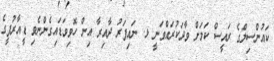
ކައުންސިލްގެ ރައީސް ކަމަށް ވާދަކުރައްވަނީ ޅ. ނައިފަރު ދާއިރާ އިން ހޮވިވަޑައިގެންނެވި ޑީއާރުޕީގެ